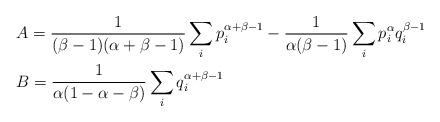
LaTeX: \begin{align*}&A=\frac{1}{(\beta-1)(\alpha+\beta-1)}\sum_{i}p^{\alpha+\beta-1}_{i}-\frac{1}{\alpha(\beta-1)}\sum_{i}p^{\alpha}_{i}q^{\beta-1}_{i}\\&B=\frac{1}{\alpha(1-\alpha-\beta)}\sum_{i}q^{\alpha+\beta-1}_{i}\end{align*}